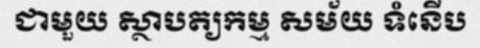
ជាមួយ ស្ថាបត្យកម្ម សម័យ ទំនើប